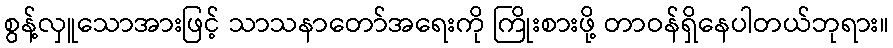
စွန့်လှူသောအားဖြင့် သာသနာတော်အရေးကို ကြိုးစားဖို့ တာဝန်ရှိနေပါတယ်ဘုရား။